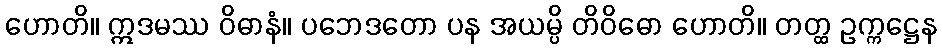
ဟောတိ။ ဣဒမဿ ဝိဓာနံ။ ပဘေဒတော ပန အယမ္ပိ တိဝိဓော ဟောတိ။ တတ္ထ ဥက္ကဋ္ဌေန